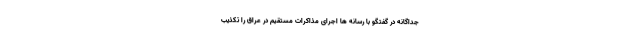
جداگانه در گفتگو با رسانه ها اجرای مذاکرات مستقیم در عراق را تکذیب